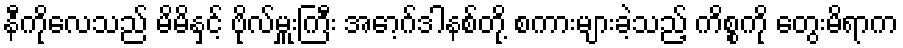
နီကိုလေသည် မိမိနှင့် ဗိုလ်မှူးကြီး အော့ဂ်ဒါနစ်တို့ စကားများခဲ့သည့် ကိစ္စကို တွေးမိရာက